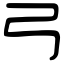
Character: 弓